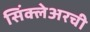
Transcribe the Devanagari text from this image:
सिंक्लेअरची